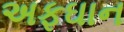
અફઘાન